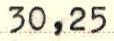
30,25